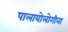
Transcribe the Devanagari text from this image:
पालायोलोगीना